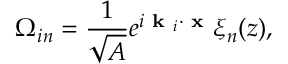
\Omega _ { i n } = \frac { 1 } { \sqrt { A } } e ^ { i \textbf { k } _ { i } \cdot \textbf { x } } \xi _ { n } ( z ) ,